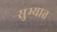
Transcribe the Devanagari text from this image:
सुभ्यात